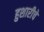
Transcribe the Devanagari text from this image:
हुशारीचे